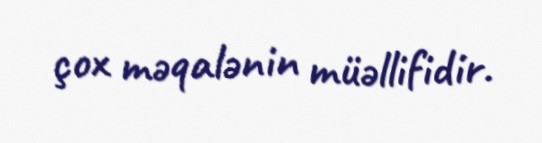
çox məqalənin müəllifidir.